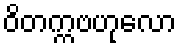
ဝိတက္ကဗဟုလော